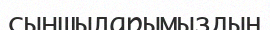
сыншыларымыздың